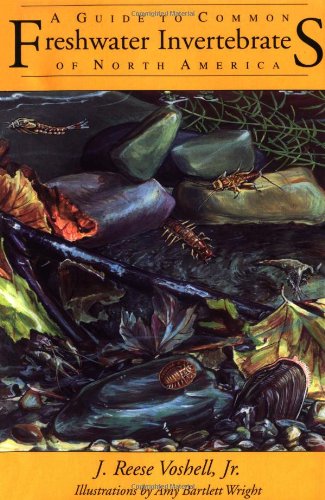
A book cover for A Guide to Common Freshwater Invertebrates of North America; J. Reese Voshell Jr.; Science & Math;